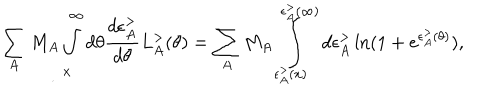
\sum _ { A } M _ { A } \int _ { x } ^ { \infty } d \theta \frac { d \epsilon _ { A } ^ { > } } { d \theta } L _ { A } ^ { > } ( \theta ) = \sum _ { A } M _ { A } \int _ { \epsilon _ { A } ^ { > } ( x ) } ^ { \epsilon _ { A } ^ { > } ( \infty ) } d \epsilon _ { A } ^ { > } \ln ( 1 + e ^ { \epsilon _ { A } ^ { > } ( \theta ) } ) ,